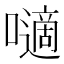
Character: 𡂓